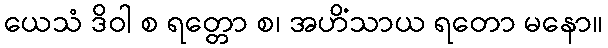
ယေသံ ဒိဝါ စ ရတ္တော စ၊ အဟိံသာယ ရတော မနော။